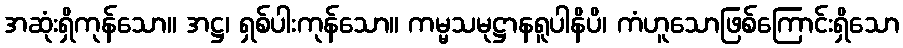
အဆုံးရှိကုန်သော။ အဋ္ဌ၊ ရှစ်ပါးကုန်သော။ ကမ္မသမုဋ္ဌာနရူပါနိပိ၊ ကံဟူသောဖြစ်ကြောင်းရှိသော